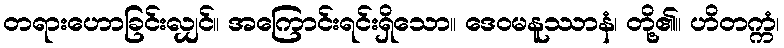
တရားဟောခြင်းလျှင်။ အကြောင်းရင်းရှိသော။ ဒေဝမနူဿာနံ၊ တို့၏။ ဟိတက္ကံ၊